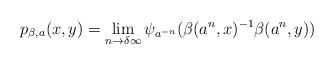
LaTeX: \begin{align*}p_{\beta,a}(x,y)=\lim_{n\to\delta\infty}\psi_{a^{-n}}(\beta(a^n,x)^{-1}\beta(a^n,y)) \end{align*}